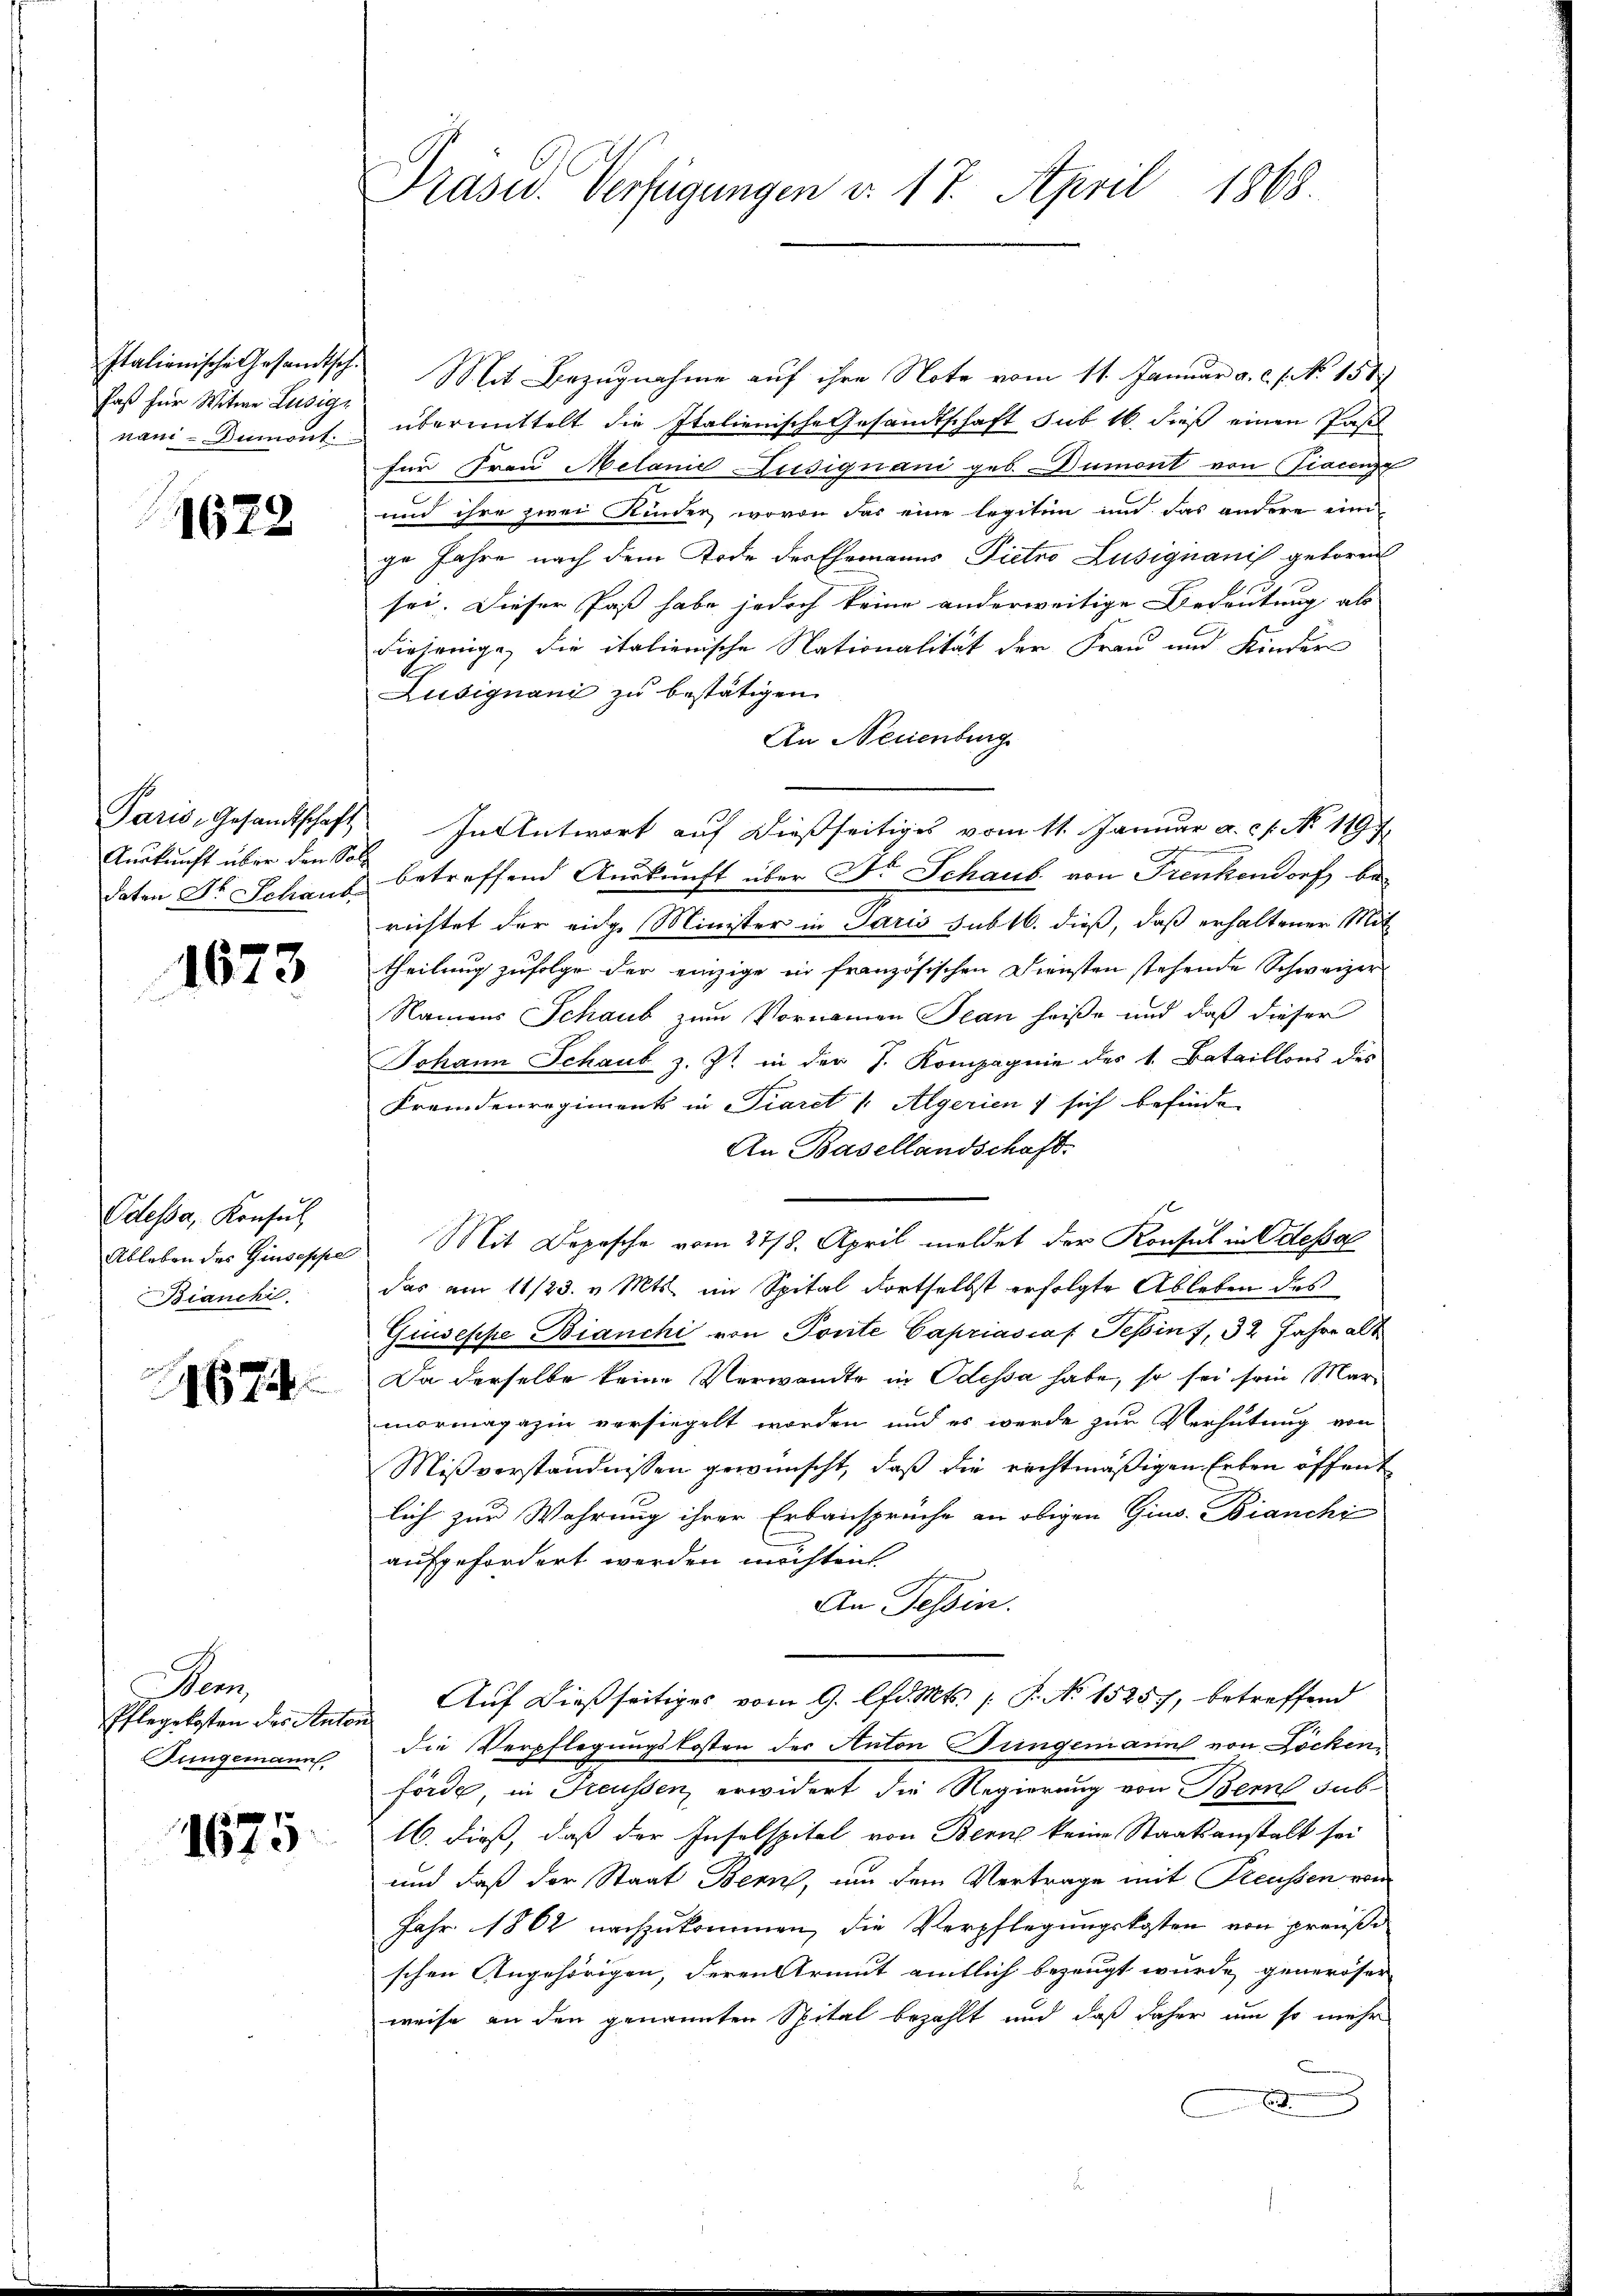
Italienische Gesandtsch.
Paß für Witwe Lusige
nam- Dumont.

1679

Paris, Gesandtschaft
Auskunft über den Soll
daten Dr. Schaub

1673

Odessa, Konsul
Ableben des Giuseppe
Bianchi

1674

em
Pflegekosten des Autor
ungemann

1675

Präsid. Verfügungen v. 17. April 1868.

Mit Bezugnahme auf ihre Note vom 11. Januar a. c. s. No. 158
übermittelt die Italienische Gesandtschaft sub 16 dieß einen Past
für Frau Melanić Lusiquani geb. Dumont von iacenze
und ihre zwei Kinder, wovon das eine legitin und das andere ein
ge Jahre nach dem Tode des Ehemanns Pietro Lusignanis geboren
sei. Dieser Paß habe jedoch keine anderweitige Bedeutung als
diejenige, die italienische Nationalität der Frau und Kinder
Lusignand zu bestätigen.
An Neuenburg
In Antwort auf dießseitiges vom 11. Januar a. c. No. 119
betreffend Auskunft über Dr. Schaub von Frenkendorf berichtet der eidge Minister in Paris sub 16. dieß, daß erhaltener Mit
theilung zufolge der einzige in französischen Diensten stehende Schweizer
Namens Schaub zum Vornamen Plan heiße und daß dieser
Johann Schaub z. Zt. in der J. Kompagnie des v. Bataillons des
Fremdenregiments in Piaret u Algerien sich befinde
An Basellandschaft.
Mit Depesche vom 2778. April meldet der Konsul in Odessa
das am 11/23. v. Mts. im Spital dortselbst erfolgte Ableben des
Giuseppe Bianchi von Ponte Capriasias Tessin 7, 32 Jahre alt
Da derselbe keine Verwandte in Odessa habe, so sei sein Mar
mormagazin versiegelt worden und es werde zur Verhütung von
Mißverständnissen gewünscht, daß die rechtmäßigen Erben öffent
lich zur Wahrung ihrer Erbansprüche an obigen Gins. Bianchi
aufgefordert werden möchten.
An Tessin.
Auf dießseitiges vom 9. lfd. Mts. /: P. No 15257, betreffend
die Verpflegungskosten der Anton Tringenannt von Lockenförde, in Freussen, erwidert die Regierung von Bern sub-
16. dieß, daß der Insolspital von Bern keine Staatsanstalt sei
und daß der Staat Bern, um dem Vertrage mit Reussen von
Jahr 1862 nachzukommen, die Verpflegungskosten von preuße
schen Angehörigen, deren Strent amtlich bezeugt wurde generoser
weise an den genannten Spital bezahlt und daß daher um so mehr
E
d
.